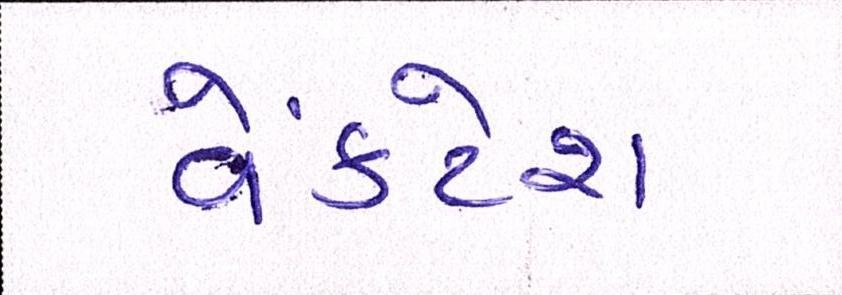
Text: વેંકટેશ